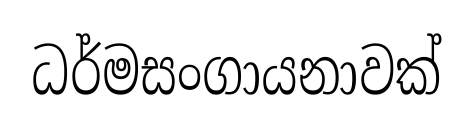
ධර්මසංගායනාවක්